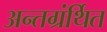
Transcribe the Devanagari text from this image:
अन्‍तग्रंर्थित